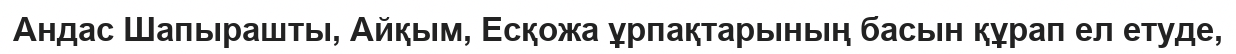
Андас Шапырашты, Айқым, Есқожа ұрпақтарының басын құрап ел етуде,